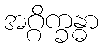
အဂ္ဂိက္ခန္ဓာ